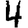
Digit: 4